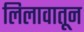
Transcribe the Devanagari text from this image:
लिलावातून